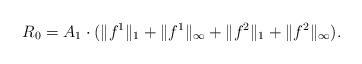
LaTeX: \begin{align*}R_0 = A_1\cdot (\|f^1\|_1 +\|f^1\|_{\infty} + \|f^2\|_1 +\|f^2\|_{\infty}).\end{align*}